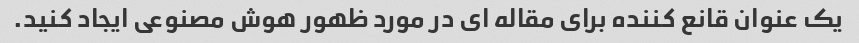
یک عنوان قانع کننده برای مقاله ای در مورد ظهور هوش مصنوعی ایجاد کنید.